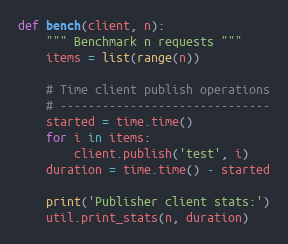
Language: Python
def bench(client, n):
    """ Benchmark n requests """
    items = list(range(n))

    # Time client publish operations
    # ------------------------------
    started = time.time()
    for i in items:
        client.publish('test', i)
    duration = time.time() - started

    print('Publisher client stats:')
    util.print_stats(n, duration)